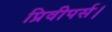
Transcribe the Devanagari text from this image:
प्रिवीपर्स।